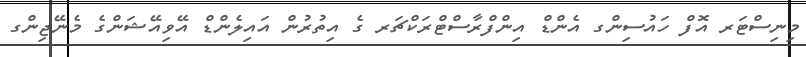
މިނިސްޓަރ އޮފް ހައުސިންގ އެންޑް އިންފްރާސްޓްރަކްޗަރ ގެ އިތުރުން އައިލެންޑް އޭވިއޭޝަންގެ މެނޭޖިންގ